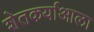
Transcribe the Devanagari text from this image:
शेतकर्याआला